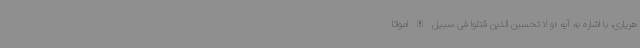
هریاری، با اشاره به آیه «و لا تحسبن الذین قتلوا فی سبیل الله امواتا